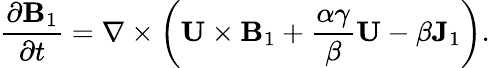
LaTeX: \frac{\partial{\mathbf{B}}_{1}}{\partial t}=\nabla\times\left({{\mathbf{U}\times{\mathbf{B}}_{1}}+\frac{\alpha\gamma}{\beta}{\mathbf{U}}-\beta{\mathbf{J}}_{1}}\right).